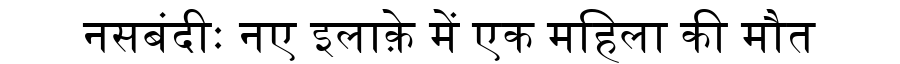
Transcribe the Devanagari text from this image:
नसबंदीः नए इलाक़े में एक महिला की मौत